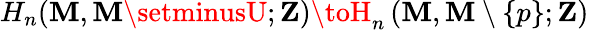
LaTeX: H_{n}(\mathbf{M},\mathbf{M}\setminusU;\mathbf{{Z}})\toH_{n}\left(\mathbf{M},\mathbf{M}\setminus\{ p\} ;\mathbf{{Z}}\right)